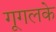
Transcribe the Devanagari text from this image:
गूगलके